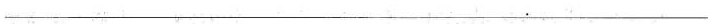
___